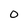
Character: O